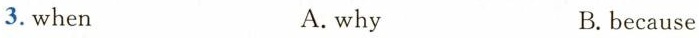
3. when A. why B. because